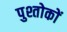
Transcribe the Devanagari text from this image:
पुश्तोकों